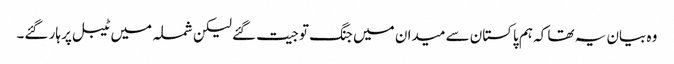
وہ بیان یہ تھا کہ ہم پاکستان سے میدان میں جنگ تو جیت گئے لیکن شملہ میں ٹیبل پر ہار گئے۔